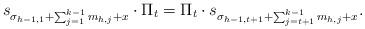
LaTeX: \begin{align*}s_{\sigma_{h-1,1}+\sum_{j=1}^{k-1}m_{h,j}+x}\cdot\Pi_t=\Pi_t\cdot s_{\sigma_{h-1,t+1}+\sum_{j=t+1}^{k-1}m_{h,j}+x}.\end{align*}